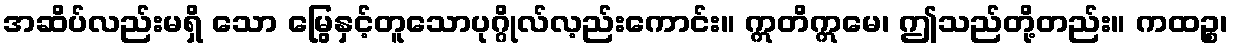
အဆိပ်လည်းမရှိ သော မြွေနှင့်တူသောပုဂ္ဂိုလ်လ့ည်းကောင်း။ ဣတိဣမေ၊ ဤသည်တို့တည်း။ ကထဉ္စ၊